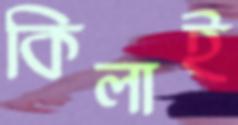
কিলাই